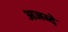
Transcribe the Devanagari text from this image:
अजब्दे